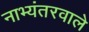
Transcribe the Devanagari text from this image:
नाभ्यंतरवाले